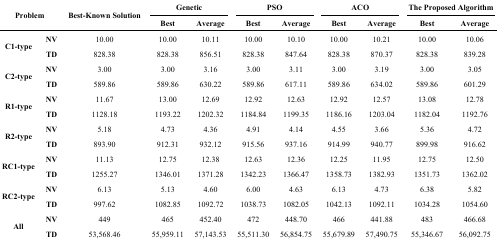
<table><thead><tr><td rowspan="2" colspan="2"><b>Problem</b></td><td rowspan="2"><b>Best-Known Solution</b></td><td colspan="2"><b>Genetic</b></td><td colspan="2"><b>PSO</b></td><td colspan="2"><b>ACO</b></td><td colspan="2"><b>The Proposed Algorithm</b></td></tr><tr><td><b>Best</b></td><td><b>Average</b></td><td><b>Best</b></td><td><b>Average</b></td><td><b>Best</b></td><td><b>Average</b></td><td><b>Best</b></td><td><b>Average</b></td></tr></thead><tbody><tr><td rowspan="2"><b>C1-type</b></td><td><b>NV</b></td><td>10.00</td><td>10.00</td><td>10.11</td><td>10.00</td><td>10.10</td><td>10.00</td><td>10.21</td><td>10.00</td><td>10.06</td></tr><tr><td><b>TD</b></td><td>828.38</td><td>828.38</td><td>856.51</td><td>828.38</td><td>847.64</td><td>828.38</td><td>870.37</td><td>828.38</td><td>839.28</td></tr><tr><td rowspan="2"><b>C2-type</b></td><td><b>NV</b></td><td>3.00</td><td>3.00</td><td>3.16</td><td>3.00</td><td>3.11</td><td>3.00</td><td>3.19</td><td>3.00</td><td>3.05</td></tr><tr><td><b>TD</b></td><td>589.86</td><td>589.86</td><td>630.22</td><td>589.86</td><td>617.11</td><td>589.86</td><td>634.02</td><td>589.86</td><td>601.29</td></tr><tr><td rowspan="2"><b>R1-type</b></td><td><b>NV</b></td><td>11.67</td><td>13.00</td><td>12.69</td><td>12.92</td><td>12.63</td><td>12.92</td><td>12.57</td><td>13.08</td><td>12.78</td></tr><tr><td><b>TD</b></td><td>1128.18</td><td>1193.22</td><td>1202.32</td><td>1184.84</td><td>1199.35</td><td>1186.16</td><td>1203.04</td><td>1182.04</td><td>1192.76</td></tr><tr><td rowspan="2"><b>R2-type</b></td><td><b>NV</b></td><td>5.18</td><td>4.73</td><td>4.36</td><td>4.91</td><td>4.14</td><td>4.55</td><td>3.66</td><td>5.36</td><td>4.72</td></tr><tr><td><b>TD</b></td><td>893.90</td><td>912.31</td><td>932.12</td><td>915.56</td><td>937.16</td><td>914.99</td><td>940.77</td><td>899.98</td><td>916.62</td></tr><tr><td rowspan="2"><b>RC1-type</b></td><td><b>NV</b></td><td>11.13</td><td>12.75</td><td>12.38</td><td>12.63</td><td>12.36</td><td>12.25</td><td>11.95</td><td>12.75</td><td>12.50</td></tr><tr><td><b>TD</b></td><td>1255.27</td><td>1346.01</td><td>1371.28</td><td>1342.23</td><td>1366.47</td><td>1358.73</td><td>1382.93</td><td>1351.73</td><td>1362.02</td></tr><tr><td rowspan="2"><b>RC2-type</b></td><td><b>NV</b></td><td>6.13</td><td>5.13</td><td>4.60</td><td>6.00</td><td>4.63</td><td>6.13</td><td>4.73</td><td>6.38</td><td>5.82</td></tr><tr><td><b>TD</b></td><td>997.62</td><td>1082.85</td><td>1092.72</td><td>1038.73</td><td>1082.05</td><td>1042.13</td><td>1092.11</td><td>1034.28</td><td>1054.60</td></tr><tr><td rowspan="2"><b>All</b></td><td><b>NV</b></td><td>449</td><td>465</td><td>452.40</td><td>472</td><td>448.70</td><td>466</td><td>441.88</td><td>483</td><td>466.68</td></tr><tr><td><b>TD</b></td><td>53,568.46</td><td>55,959.11</td><td>57,143.53</td><td>55,511.30</td><td>56,854.75</td><td>55,679.89</td><td>57,490.75</td><td>55,346.67</td><td>56,092.75</td></tr></tbody></table>